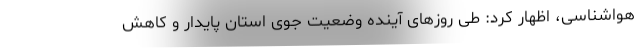
هواشناسی، اظهار کرد: طی روزهای آینده وضعیت جوی استان پایدار و کاهش